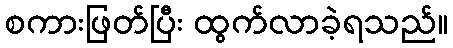
စကားဖြတ်ပြီး ထွက်လာခဲ့ရသည်။